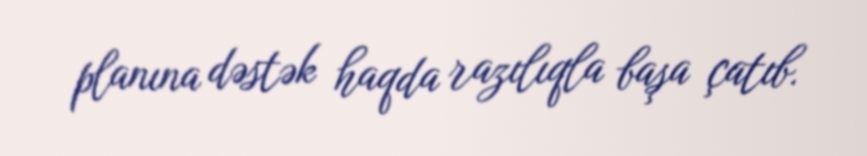
planına dəstək haqda razılıqla başa çatıb.